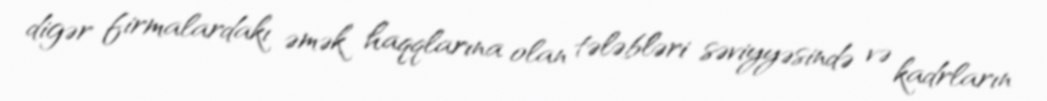
digər firmalardakı əmək haqqlarına olan tələbləri səviyyəsində və kadrların